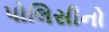
પોલિસીનો